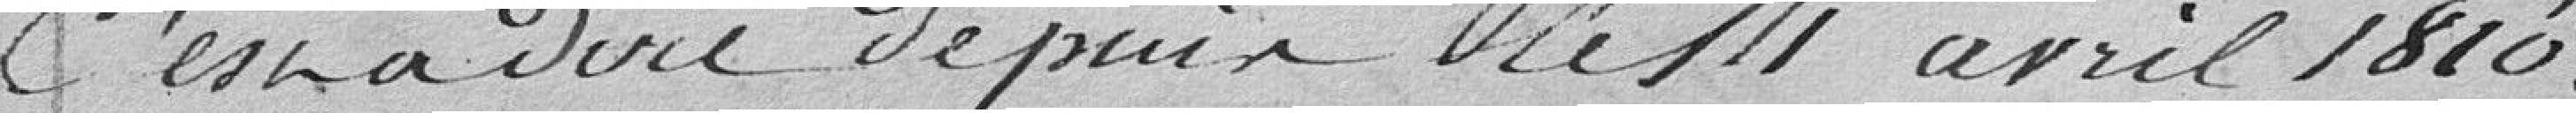
c'est à dire depuis le 14 avril 1810